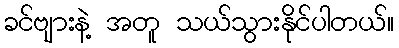
ခင်ဗျားနဲ့ အတူ သယ်သွားနိုင်ပါတယ်။